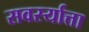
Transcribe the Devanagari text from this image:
सवर्स्यात्ता